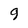
Character: 9